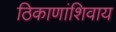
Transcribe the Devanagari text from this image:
ठिकाणांशिवाय